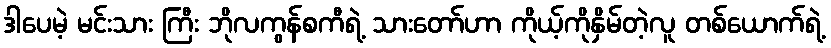
ဒါပေမဲ့ မင်းသား ကြီး ဘိုလကွန်စကီရဲ့ သားတော်ဟာ ကိုယ့်ကိုနှိမ်တဲ့လူ တစ်ယောက်ရဲ့